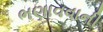
ભણાવવાની